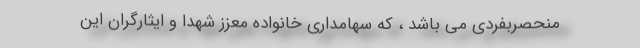
منحصربفردی می باشد ، که سهامداری خانواده معزز شهدا و ایثارگران این